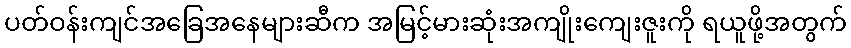
ပတ်ဝန်းကျင်အခြေအနေများဆီက အမြင့်မားဆုံးအကျိုးကျေးဇူးကို ရယူဖို့အတွက်